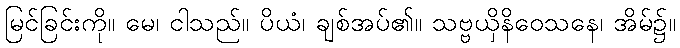
မြင်ခြင်းကို။ မေ၊ ငါသည်။ ပိယံ၊ ချစ်အပ်၏။ သဗ္ဗယှိနိဝေသနေ၊ အိမ်၌။